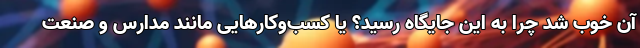
آن خوب شد چرا به این جایگاه رسید؟ یا کسب‌وکارهایی مانند مدارس و صنعت